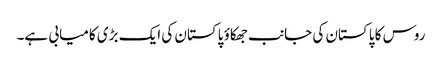
روس کا پاکستان کی جانب جھکاؤ پاکستان کی ایک بڑی کامیابی ہے۔